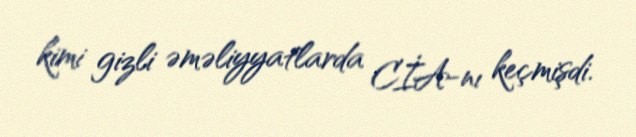
kimi gizli əməliyyatlarda CİA-nı keçmişdi.